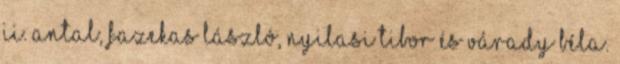
II. Antal, Fazekas László, Nyilasi Tibor és Várady Béla.